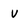
Character: v